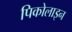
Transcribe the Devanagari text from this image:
पिकोलाइन